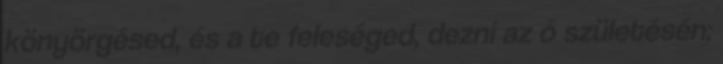
könyörgésed, és a te feleséged, dezni az ő születésén;